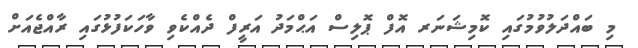
މި ބައްދަލުވުމުގައި ކޮމިޝަނަރ އޮފް ޕޮލިސް އަޙްމަދު އަރީފް ދެއްކެވި ވާހަކަފުޅުގައި ރާއްޖެއަށް